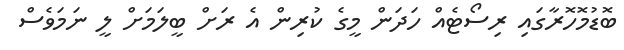
ބޮޑުމޮހޮރާގައި ރިސޯޓެއް ހަދަން މީގެ ކުރިން އެ ރަށް ބީލަމަށް ލީ ނަމަވެސް